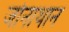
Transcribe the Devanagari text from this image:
जोनाथान